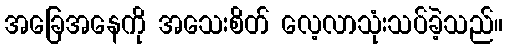
အခြေအနေကို အသေးစိတ် လေ့လာသုံးသပ်ခဲ့သည်။